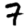
Digit: 7